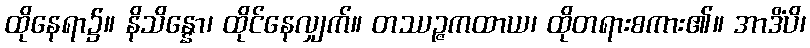
ထိုနေရာ၌။ နိသိန္နော၊ ထိုင်နေလျှက်။ တဿဉ္ဇကထာယ၊ ထိုတရားစကား၏။ အာဒိံပိ၊